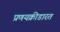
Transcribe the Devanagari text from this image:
प्रणयक्रीडारत